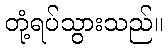
တုံ့ရပ်သွားသည်။